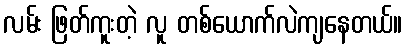
လမ်း ဖြတ်ကူးတဲ့ လူ တစ်ယောက်လဲကျနေတယ်။